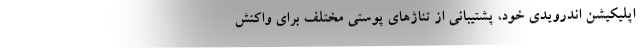
اپلیکیشن اندرویدی خود، پشتیبانی از تناژهای پوستی مختلف برای واکنش